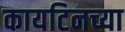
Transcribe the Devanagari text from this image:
कायटिनच्या